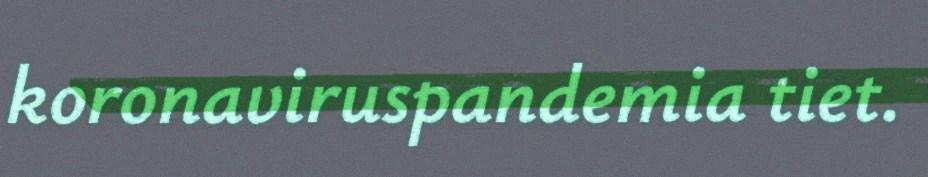
koronaviruspandemia tiet.